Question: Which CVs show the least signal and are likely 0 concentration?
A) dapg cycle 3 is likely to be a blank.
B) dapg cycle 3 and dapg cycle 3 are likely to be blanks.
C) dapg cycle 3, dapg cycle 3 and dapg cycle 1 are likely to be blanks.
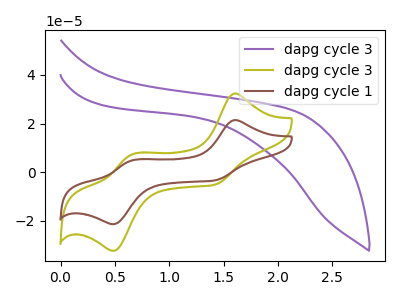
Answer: <think>The purple curve "dapg cycle 3" has no peaks. The olive curve "dapg cycle 3" has anodic peaks at (1.60V, 32.35uA) (0.65V, 7.15uA) and cathodic peaks at (1.45V, -5.10uA) (0.50V, -32.45uA). The brown curve "dapg cycle 1" has anodic peaks at (1.60V, 21.40uA) (0.65V, 4.70uA) and cathodic peaks at (1.45V, -3.35uA) (0.50V, -21.45uA).</think>
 <answer>A) "dapg cycle 3" is likely to be a blank.</answer>
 <eval>A</eval>